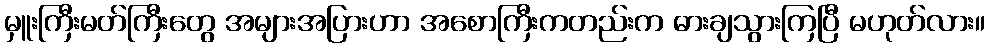
မှူးကြီးမတ်ကြီးတွေ အများအပြားဟာ အစောကြီးကတည်းက ဓားချသွားကြပြီ မဟုတ်လား။